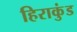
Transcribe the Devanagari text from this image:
हिराकुंड